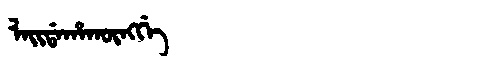
Manchu: ᠯᠠᡳᡩᠠᡥᠠᡴᡡᠩᡤᡝ
Romanization: LAIDAHAKŪNGGE